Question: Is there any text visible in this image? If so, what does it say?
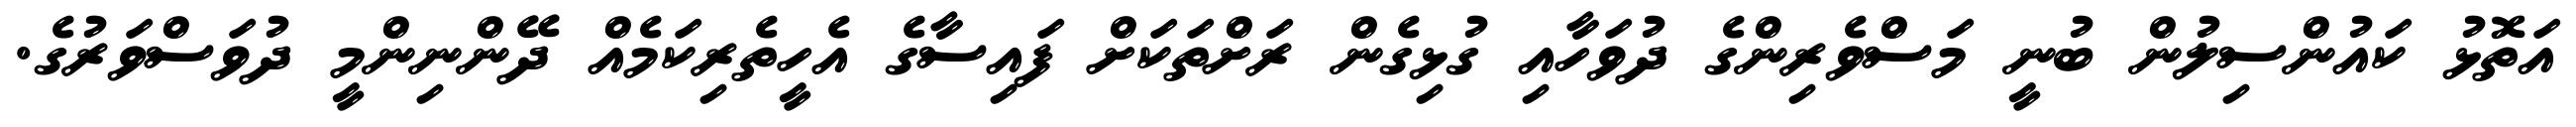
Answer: އަތޮޅު ކައުންސިލުން ބުނީ މަސްވެރިންގެ ދުވަހާއި ގުޅިގެން ރަށްތަކަށް ފައިސާގެ އެހީތެރިކަމެއް ދޭންނިންމީ ދުވަސްވަރުގެ.